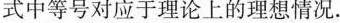
式中等号对应于理论上的理想情况.